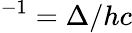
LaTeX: ^{-1}=\Delta/hc